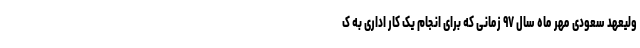
ولیعهد سعودی مهر ماه سال ۹۷ زمانی که برای انجام یک کار اداری به ک